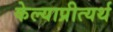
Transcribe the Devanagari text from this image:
केल्याप्रीत्यर्थ